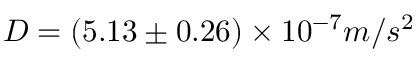
D = ( 5 . 1 3 \pm 0 . 2 6 ) \times 1 0 ^ { - 7 } m / s ^ { 2 }